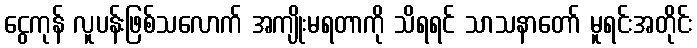
ငွေကုန် လူပန်းဖြစ်သလောက် အကျိုးမရတာကို သိရရင် သာသနာတော် မူရင်းအတိုင်း